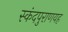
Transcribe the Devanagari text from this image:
स्कंदपुराणयह